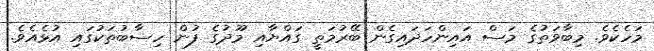
މަހެކެވެ. މިބާވަތުގެ މަސް އައިންހަދައިގެން ބޭރުމަތީ ގައްޔާއި މޫދުގެ ފުން ހިސާބުތަކުގައި އުޅެއެވެ.